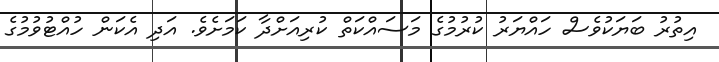
އިތުރު ބަޔަކުވެސް ހައްޔަރު ކުރުމުގެ މަސައްކަތް ކުރިއަށްދާ ކަމަށެވެ. އަދި އެކަން ހުއްޓުވުމުގެ